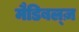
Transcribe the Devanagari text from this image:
मैडिबल्ज़